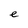
Character: e